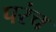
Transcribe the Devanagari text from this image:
परंच